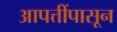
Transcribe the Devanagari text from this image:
आपत्तींपासून